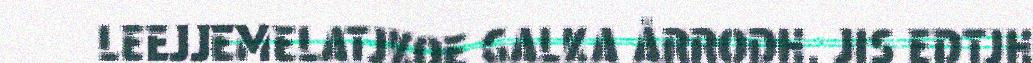
LEEJJEMELATJKOE GALKA ÅRRODH. JIS EDTJH